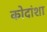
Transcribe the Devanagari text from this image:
कोदांशा